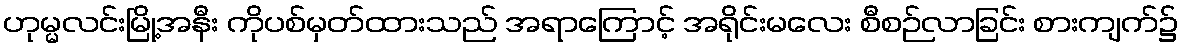
ဟုမ္မလင်းမြို့အနီး ကိုပစ်မှတ်ထားသည် အရာကြောင့် အရိုင်းမလေး စီစဉ်လာခြင်း စားကျက်၌